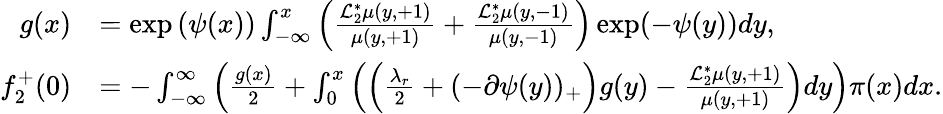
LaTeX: \begin{array}{rl}{g(x)}&{=\exp\left(\psi(x)\right)\int_{-\infty}^{x}\left(\frac{\mathcal{L}_{2}^{*}\mu(y,+1)}{\mu(y,+1)}+\frac{\mathcal{L}_{2}^{*}\mu(y,-1)}{\mu(y,-1)}\right)\exp(-\psi(y))dy,}\\ {f_{2}^{+}(0)}&{=-\int_{-\infty}^{\infty}\Big(\frac{g(x)}{2}+\int_{0}^{x}\left(\left(\frac{\lambda_{r}}{2}+(-\partial\psi(y))_{+}\right)g(y)-\frac{\mathcal{L}_{2}^{*}\mu(y,+1)}{\mu(y,+1)}\right)dy\Big)\pi(x)dx.}\end{array}